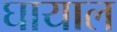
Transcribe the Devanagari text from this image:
घायाल